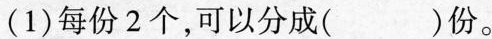
(1)每份2个，可以分成()份。